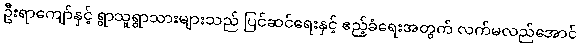
ဦးရာကျော်နှင့် ရွာသူရွာသားများသည် ပြင်ဆင်ရေးနှင့် ဧည့်ခံရေးအတွက် လက်မလည်အောင်